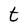
Character: t